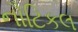
નૌટિકલ